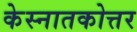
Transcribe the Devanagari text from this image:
केस्नातकोत्तर